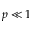
p \ll 1